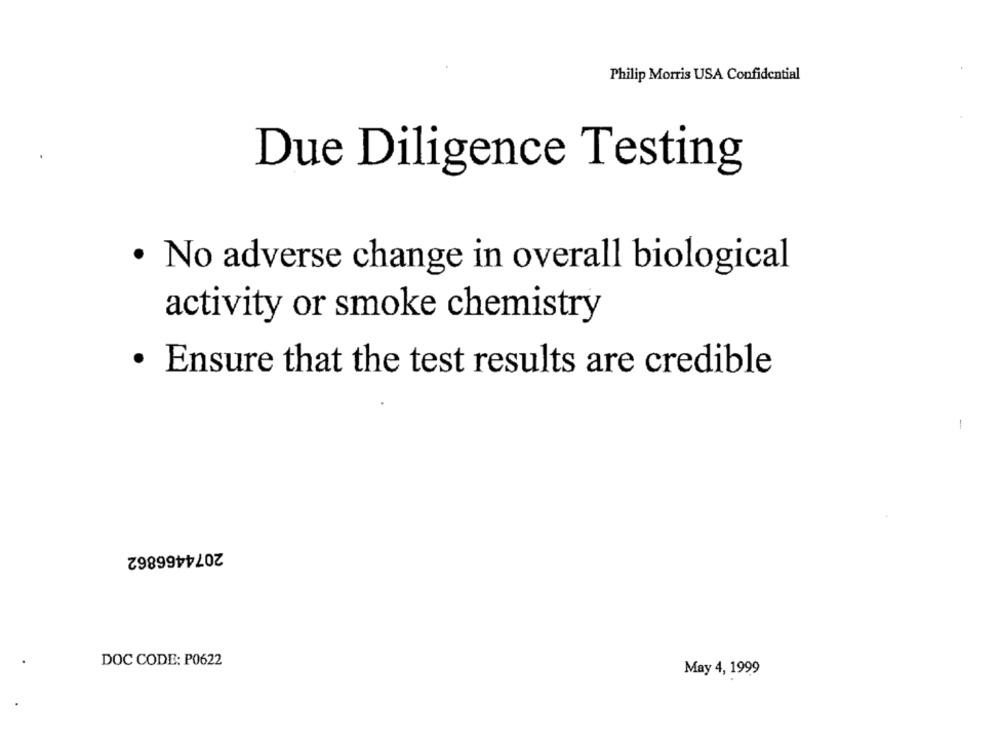
Philip Morris USA Confidential
Due Diligence Testing
· No adverse change in overall biological
activity or smoke chemistry
· Ensure that the test results are credible
-
2074466862
DOC CODE: P0622
May 4, 1999